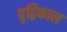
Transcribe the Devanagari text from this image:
वृद्विकाल